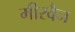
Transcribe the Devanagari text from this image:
मीरवैन